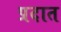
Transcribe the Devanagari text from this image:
प्रदात